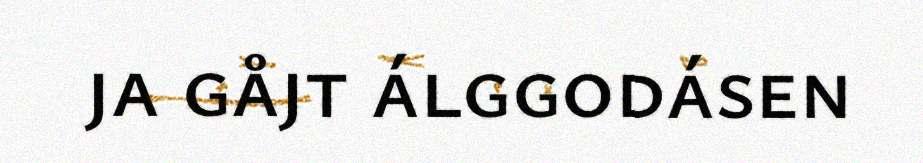
ja gåjt álggodásen